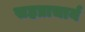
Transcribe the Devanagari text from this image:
सहप्राचार्य